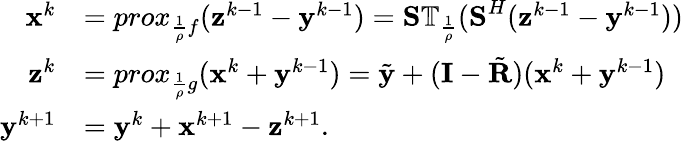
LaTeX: \begin{array}{rl}{\textbf{x}^{k}}&{=prox_{\frac{1}{\rho}f}(\textbf{z}^{k-1}-\textbf{y}^{k-1})=\textbf{S}\mathbb{T}_{\frac{1}{\rho}}(\textbf{S}^{H}(\textbf{z}^{k-1}-\textbf{y}^{k-1}))}\\ {\textbf{z}^{k}}&{=prox_{\frac{1}{\rho}g}(\textbf{x}^{k}+\textbf{y}^{k-1})=\tilde{\textbf{y}}+(\textbf{I}-\tilde{\textbf{R}})(\textbf{x}^{k}+\textbf{y}^{k-1})}\\ {\mathbf{y}^{k+1}}&{=\mathbf{y}^{k}+\mathbf{x}^{k+1}-\mathbf{z}^{k+1}.}\end{array}